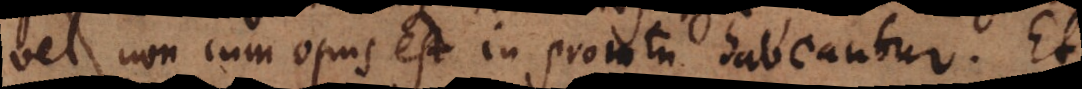
vel non cum opus est in promtu habeantur. Et